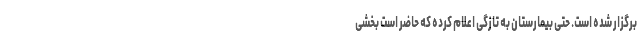
برگزار شده است. حتی بیمارستان به تازگی اعلام کرده که حاضر است بخشی